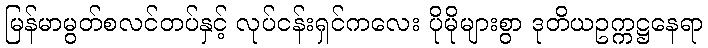
မြန်မာမွတ်စလင်တပ်နှင့် လုပ်ငန်းရှင်ကလေး ပိုမိုများစွာ ဒုတိယဥက္ကဋ္ဌနေရာ